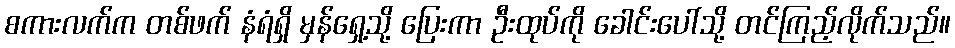
စကားလက်က တစ်ဖက် နံရံရှိ မှန်ရှေ့သို့ ပြေးကာ ဦးထုပ်ကို ခေါင်းပေါ်သို့ တင်ကြည့်လိုက်သည်။